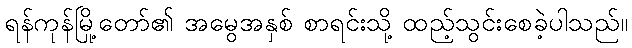
ရန်ကုန်မြို့တော်၏ အမွေအနှစ် စာရင်းသို့ ထည့်သွင်းစေခဲ့ပါသည်။